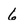
Character: 6